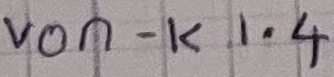
Text: von - K1.4